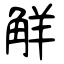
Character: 觧